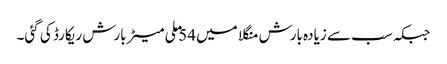
جبکہ سب سے زیادہ بارش منگلا میں 54 ملی میٹر بارش ریکارڈ کی گئی۔